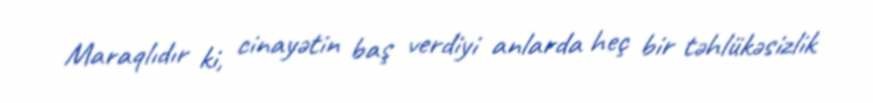
Maraqlıdır ki, cinayətin baş verdiyi anlarda heç bir təhlükəsizlik